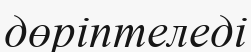
дөріптеледі